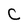
Character: C